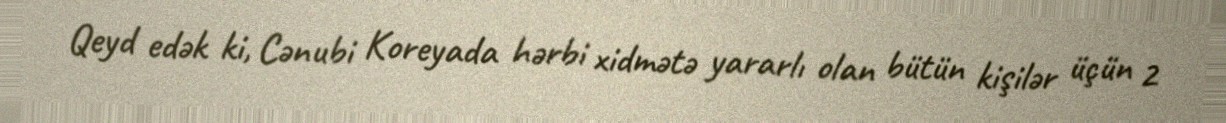
Qeyd edək ki, Cənubi Koreyada hərbi xidmətə yararlı olan bütün kişilər üçün 2